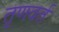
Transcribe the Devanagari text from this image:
तृणवर्त